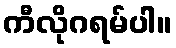
ကီလိုဂရမ်ပါ။